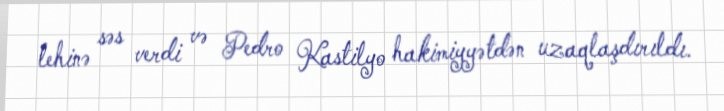
lehinə səs verdi və Pedro Kastilyo hakimiyyətdən uzaqlaşdırıldı.